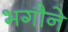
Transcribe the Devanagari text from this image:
भगौने